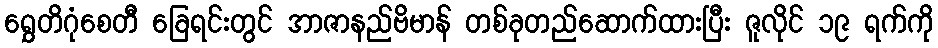
ရွှေတိဂုံစေတီ ခြေရင်းတွင် အာဇာနည်ဗိမာန် တစ်ခုတည်ဆောက်ထားပြီး ဇူလိုင် ၁၉ ရက်ကို